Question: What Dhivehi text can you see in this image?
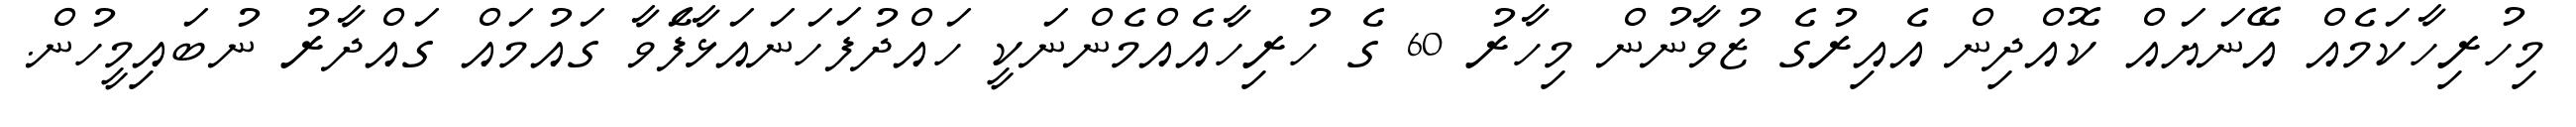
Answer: މިހުރިހާކަމެއް އޭނަޔައް ކޮއްދިން އެއިރުގެ ޒުވާނުން މިހާރު 60 ގެ ހުރިހާއެއްމެންނަކީ ހައްދުފަހަނައަޅާފަެވާ ގައުމައް ގައްދާރު ނުބައިމީހުން.